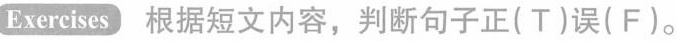
Exercises 根据短文内容,判断句子正( T)误(F)。